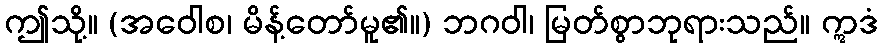
ဤသို့။ (အဝေါစ၊ မိန့်တော်မူ၏။) ဘဂဝါ၊ မြတ်စွာဘုရားသည်။ ဣဒံ